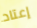
إعتاد